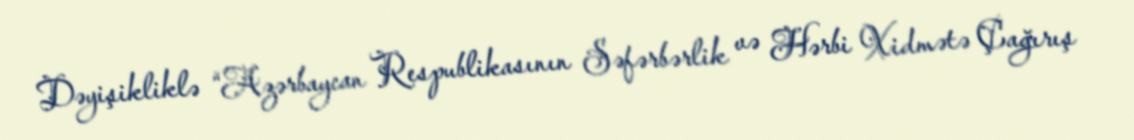
Dəyişikliklə “Azərbaycan Respublikasının Səfərbərlik və Hərbi Xidmətə Çağırış